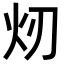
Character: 𪸐